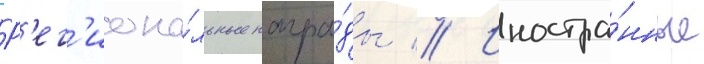
Р'ег'иона́льные награ́ды // Иностра́нные